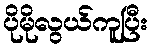
ပိုမိုလွယ်ကူပြီး